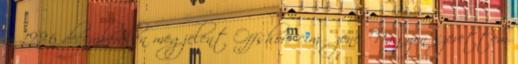
az 1996 decemberében megjelent Offshore című zene. Nagyon szerettem